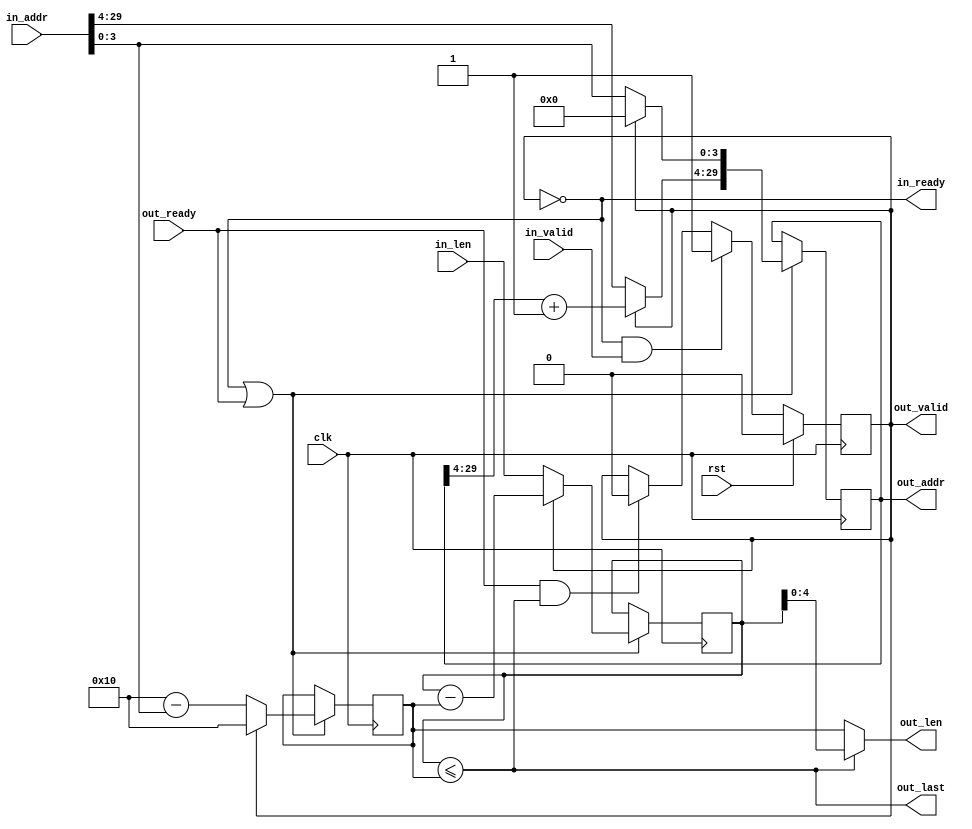

module dlsc_dma_cmdsplit #(
    parameter ADDR      = 30,
    parameter ILEN      = 30,   // bits for input command length (must be >= OLEN)
    parameter OLEN      = 4     // bits for output command length
) (
    // system
    input   wire                clk,
    input   wire                rst,

    // command input
    output  wire                in_ready,
    input   wire                in_valid,
    input   wire    [ADDR-1:0]  in_addr,
    input   wire    [ILEN-1:0]  in_len,

    // AXI output
    input   wire                out_ready,
    output  wire                out_valid,
    output  wire    [ADDR-1:0]  out_addr,
    output  wire    [OLEN  :0]  out_len,
    output  wire                out_last
);

wire            split_ready;
reg             split_valid;

assign          in_ready        = !split_valid;

reg  [ADDR-1:0] split_addr;
reg  [ILEN-1:0] split_len;
reg  [OLEN  :0] split_inc;
wire            split_last      = (split_len <= { {(ILEN-OLEN-1){1'b0}}, split_inc });

reg  [ADDR-1:0] next_split_addr;
reg  [ILEN-1:0] next_split_len;
reg  [OLEN  :0] next_split_inc;

always @* begin
    if(!split_valid) begin
        next_split_addr             = in_addr;
        next_split_len              = in_len;
        next_split_inc              = (2**OLEN) - { 1'b0, in_addr[OLEN-1:0] };
    end else begin
        next_split_addr             = 0;
        next_split_addr[ADDR-1:OLEN]= split_addr[ADDR-1:OLEN] + 1;
        next_split_len              = split_len - { {(ILEN-OLEN-1){1'b0}}, split_inc };
        next_split_inc              = (2**OLEN);
    end
end

always @(posedge clk) begin
    if(rst) begin
        split_valid     <= 1'b0;
    end else begin
        if(split_ready && split_last) begin
            split_valid     <= 1'b0;
        end
        if(in_ready && in_valid) begin
            split_valid     <= 1'b1;
        end
    end
end

always @(posedge clk) begin
    if(!split_valid || split_ready) begin
        split_addr      <= next_split_addr;
        split_len       <= next_split_len;
        split_inc       <= next_split_inc;
    end
end

assign          split_ready     = out_ready;
assign          out_valid       = split_valid;
assign          out_addr        = split_addr;
assign          out_len         = split_last ? split_len[OLEN:0] : split_inc;
assign          out_last        = split_last;

endmodule